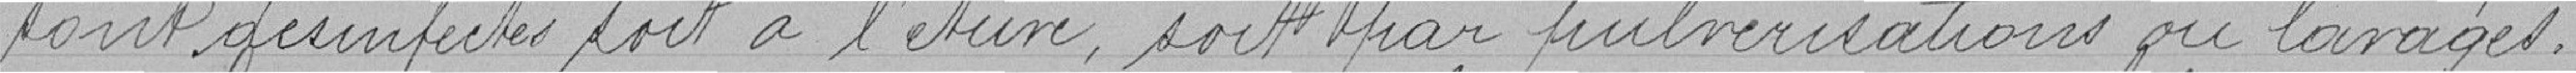
sont désinfectés soit à l'étuve, soit par pulvérisations ou lavages.